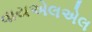
વાયએલએલ